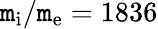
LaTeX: \mathtt{m}_{\mathrm{{i}}}/\mathtt{m}_{\mathrm{{e}}}=1836